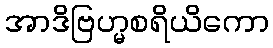
အာဒိဗြဟ္မစရိယိကော